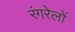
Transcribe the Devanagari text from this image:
रंगरेलों